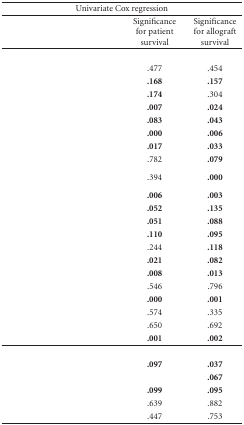
<table><thead><tr><td colspan="3"><b>Univariate Cox regression</b></td></tr></thead><tbody><tr><td>[EMPTY_CELL]</td><td>Significance for patient survival</td><td>Significance for allograft survival</td></tr><tr><td>[EMPTY_CELL]</td><td>[EMPTY_CELL]</td><td>[EMPTY_CELL]</td></tr><tr><td>[EMPTY_CELL]</td><td>.477</td><td>.454</td></tr><tr><td>[EMPTY_CELL]</td><td><b>.168</b></td><td><b>.157</b></td></tr><tr><td>[EMPTY_CELL]</td><td><b>.174</b></td><td>.304</td></tr><tr><td>[EMPTY_CELL]</td><td><b>.007</b></td><td><b>.024</b></td></tr><tr><td>[EMPTY_CELL]</td><td><b>.083</b></td><td><b>.043</b></td></tr><tr><td>[EMPTY_CELL]</td><td><b>.000</b></td><td><b>.006</b></td></tr><tr><td>[EMPTY_CELL]</td><td><b>.017</b></td><td><b>.033</b></td></tr><tr><td>[EMPTY_CELL]</td><td>.782</td><td><b>.079</b></td></tr><tr><td>[EMPTY_CELL]</td><td>.394</td><td><b>.000</b></td></tr><tr><td>[EMPTY_CELL]</td><td><b>.006</b></td><td><b>.003</b></td></tr><tr><td>[EMPTY_CELL]</td><td><b>.052</b></td><td><b>.135</b></td></tr><tr><td>[EMPTY_CELL]</td><td><b>.051</b></td><td><b>.088</b></td></tr><tr><td>[EMPTY_CELL]</td><td><b>.110</b></td><td><b>.095</b></td></tr><tr><td>[EMPTY_CELL]</td><td>.244</td><td><b>.118</b></td></tr><tr><td>[EMPTY_CELL]</td><td><b>.021</b></td><td><b>.082</b></td></tr><tr><td>[EMPTY_CELL]</td><td><b>.008</b></td><td><b>.013</b></td></tr><tr><td>[EMPTY_CELL]</td><td>.546</td><td>.796</td></tr><tr><td>[EMPTY_CELL]</td><td><b>.000</b></td><td><b>.001</b></td></tr><tr><td>[EMPTY_CELL]</td><td>.574</td><td>.335</td></tr><tr><td>[EMPTY_CELL]</td><td>.650</td><td>.692</td></tr><tr><td>[EMPTY_CELL]</td><td><b>.001</b></td><td><b>.002</b></td></tr><tr><td>[EMPTY_CELL]</td><td>[EMPTY_CELL]</td><td>[EMPTY_CELL]</td></tr><tr><td>[EMPTY_CELL]</td><td><b>.097</b></td><td><b>.037</b></td></tr><tr><td>[EMPTY_CELL]</td><td>[EMPTY_CELL]</td><td><b>.067</b></td></tr><tr><td>[EMPTY_CELL]</td><td><b>.099</b></td><td><b>.095</b></td></tr><tr><td>[EMPTY_CELL]</td><td>.639</td><td>.882</td></tr><tr><td>[EMPTY_CELL]</td><td>.447</td><td>.753</td></tr></tbody></table>